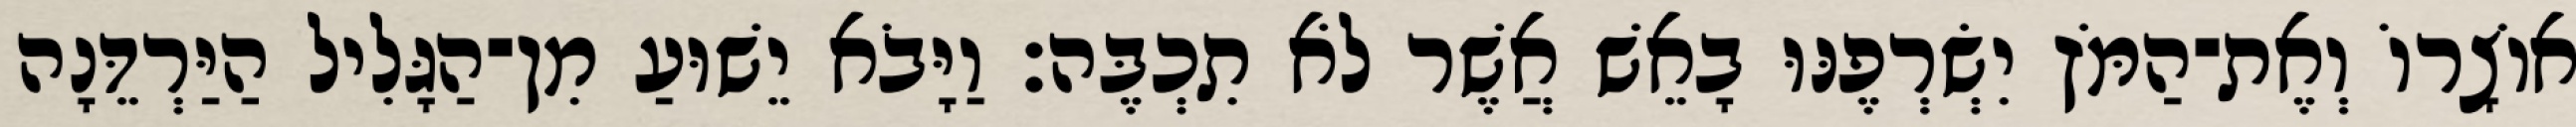
אוֹצָרוֹ וְאֶת־הַמֹּץ יִשְׂרְפֶנּוּ בָאֵשׁ אֲשֶׁר לֹא תִכְבֶּה׃ וַיָּבֹא יֵשׁוּעַ מִן־הַגָּלִיל הַיַּרְדֵּנָה